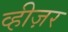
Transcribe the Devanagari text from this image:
व्हीज़र